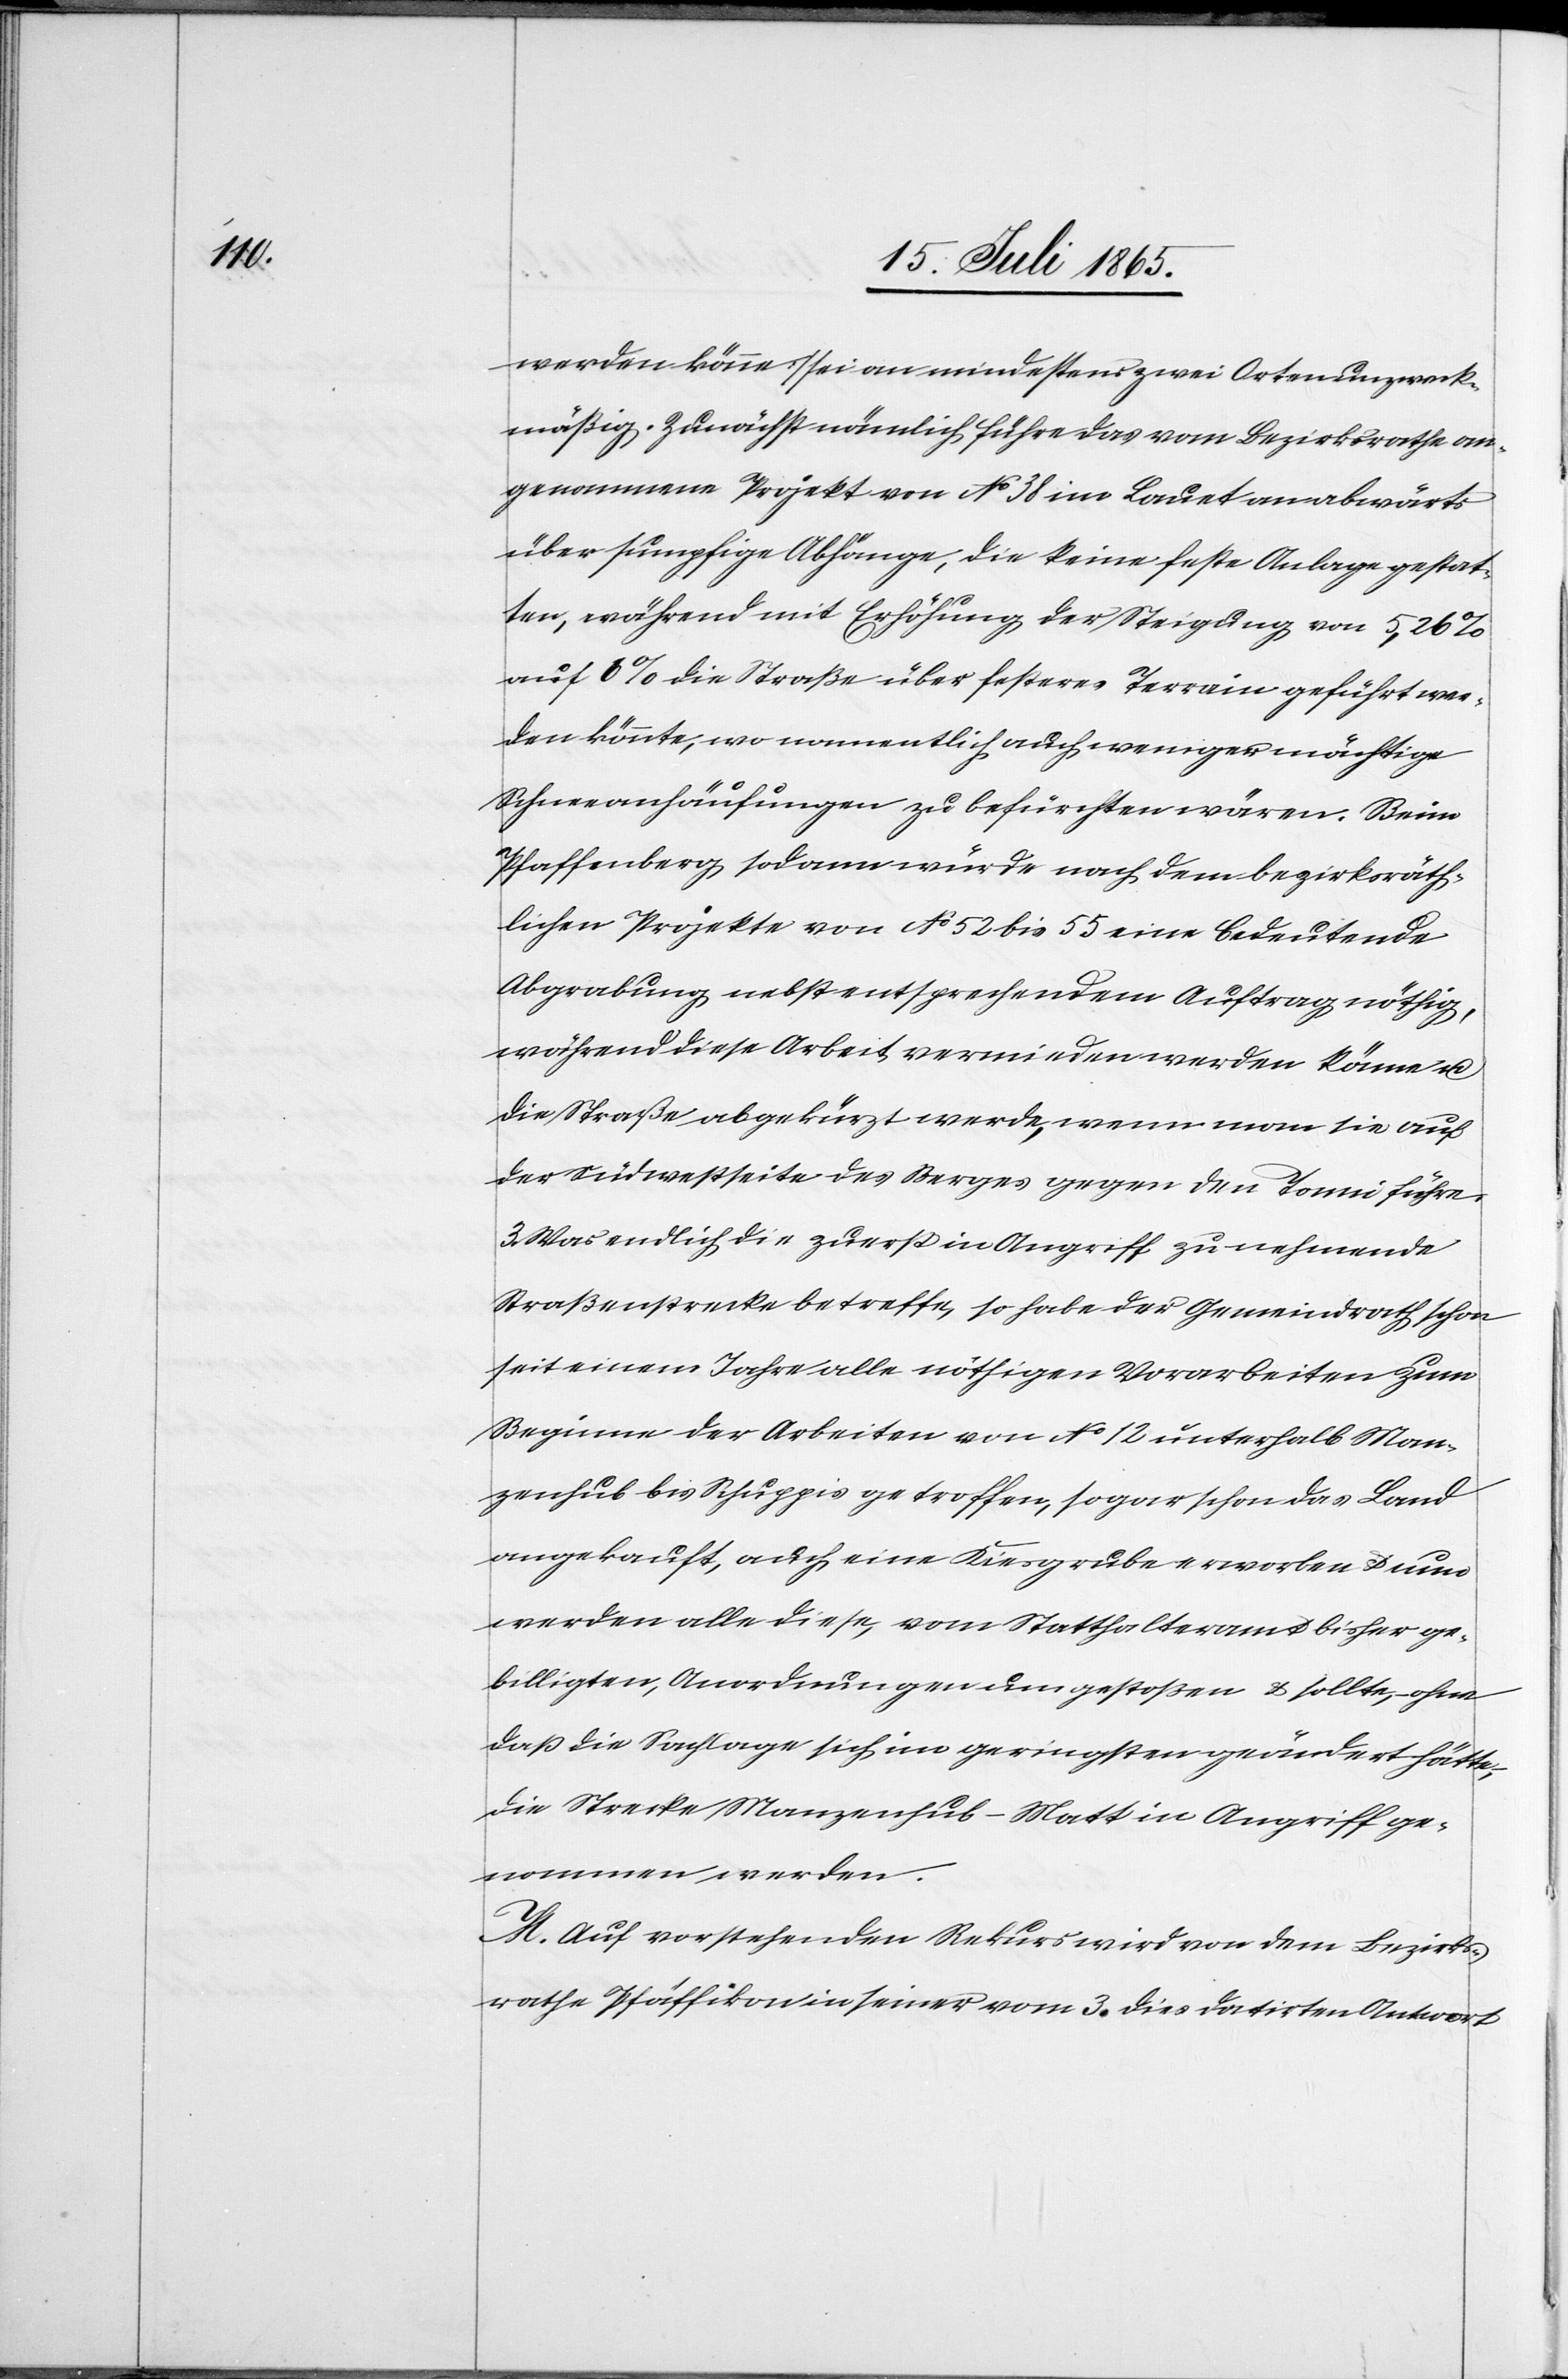
werden könne] sei an mindestens zwei Orten unzweck¬
mäßig. Zunächst nämlich führe das vom Bezirksrathe an¬
genommene Projekt von No 38 im Lauet an abwärts
über sumpfige Abhänge, die keine feste Anlage gestat¬
ten, während mit Erhöhung der Steigung von 5,26 %
auf 6 % die Straße über festeres Terrain geführt wer¬
den könnte, wo namentlich auch weniger mächtige
Schneeanhäufungen zu befürchten wären. Beim
Pfaffenberg sodann würde nach dem bezirksräth¬
lichen Projekte von No 52 bis 55 eine bedeutende
Abgrabung nebst entsprechendem Auftrag nöthig,
während diese Arbeit vermieden werden könne u.
die Straße abgekürzt werde, wenn man sie auf
der Südwestseite des Berges gegen den Tonni führe.
3. Was endlich die zuerst in Angriff zu nehmende
Straßenstrecke betreffe, so habe der Gemeindrath schon
seit einem Jahre alle nöthigen Vorarbeiten zum
Beginne der Arbeiten von No 12 unterhalb Man¬
zenhub bis Schuppis getroffen, sogar schon das Land
angekauft, auch eine Kiesgrube erworben u. nun
werden alle diese, vom Statthalteramt bisher ge¬
billigten, Anordnungen umgestoßen u. sollte, ohne
daß die Sachlage sich im geringsten geändert hätte,
die Strecke Manzenhub–Matt in Angriff ge¬
nommen werden.
M. Auf vorstehenden Rekurs wird von dem Bezirks¬
rathe Pfäffikon in seiner vom 3. dies datirten Antwort